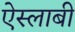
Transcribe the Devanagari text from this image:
ऐस्लाबी